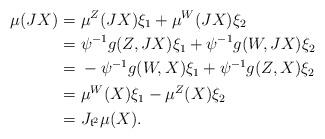
LaTeX: \begin{align*}\mu(JX) =&\ \mu^Z(JX) \xi_1 + \mu^W(JX) \xi_2\\=&\ \psi^{-1} g(Z,JX) \xi_1 + \psi^{-1} g(W,JX) \xi_2\\=&\ - \psi^{-1} g(W,X) \xi_1 + \psi^{-1} g(Z,X) \xi_2\\=&\ \mu^W(X) \xi_1 - \mu^Z(X) \xi_2\\=&\ J_{\mathfrak t^2} \mu(X).\end{align*}